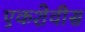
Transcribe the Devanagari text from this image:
एकशेवीस